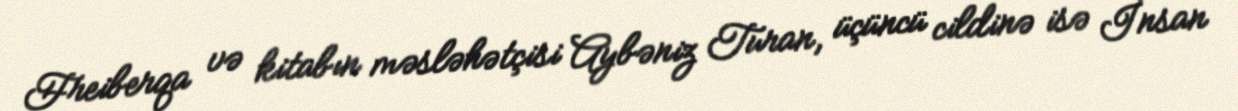
Freiberqa və kitabın məsləhətçisi Aybəniz Turan, üçüncü cildinə isə İnsan